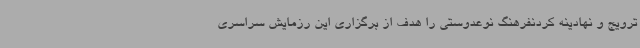
ترویج و نهادینه کردنفرهنگ نوعدوستی را هدف از برگزاری این رزمایش سراسری